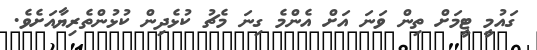
ގައުމީ ޓީމަށް ތިން ވަނަ އަށް އެންމެ ގިނަ މެޗު ކުޅެދިން ކުޅުންތެރިޔާއަށެވެ.